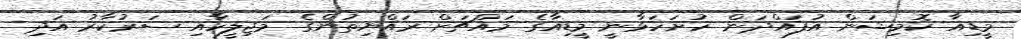
މީޑިއާ ކޮމިޝަން އުފައްދަން ހުށަހަޅާނީ މީޑިއާގެ މައްޗަށް ރައްޔިތުންގެ މަޖިލީހާއި ސަރުކާރު އަދި